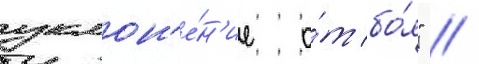
уклон'е́н'ие о́т бо́я" //